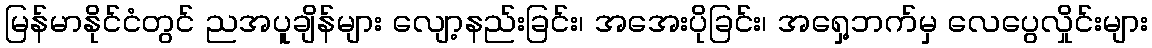
မြန်မာနိုင်ငံတွင် ညအပူချိန်များ လျော့နည်းခြင်း၊ အအေးပိုခြင်း၊ အရှေ့ဘက်မှ လေပွေလှိုင်းများ